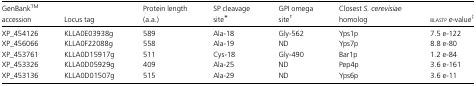
| GenBankTMaccession | Locus tag | Protein length (a.a.) | SP cleavage site* | GPI omega site† | Closest S. cerevisiae homolog | blastpe-value‡ |
 | --- | --- | --- | --- | --- | --- | --- |
 | XP_454126 | KLLA0E03938g | 589 | Ala-18 | Gly-562 | Yps1p | 7.5 e-122 |
 | XP_456066 | KLLA0F22088g | 558 | Ala-19 | ND | Yps7p | 8.8 e-80 |
 | XP_453761 | KLLA0D15917g | 511 | Cys-18 | Gly-490 | Bar1p | 1.2 e-84 |
 | XP_453326 | KLLA0D05929g | 409 | Ala-25 | ND | Pep4p | 3.6 e-161 |
 | XP_453136 | KLLA0D01507g | 515 | Ala-29 | ND | Yps6p | 3.6 e-11 |